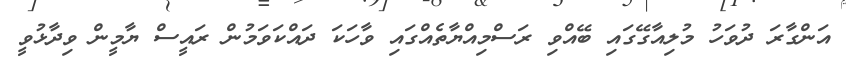
އަންގާރަ ދުވަހު މުލިއާގޭގައި ބޭއްވި ރަސްމިއްޔާތެއްގައި ވާހަކަ ދައްކަވަމުން ރައީސް ޔާމީން ވިދާޅުވީ